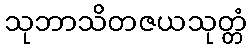
သုဘာသိတဇယသုတ္တံ